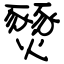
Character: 燹